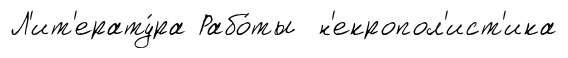
Л'ит'ерату́ра Рабо́ты н'екропол'ист'ика